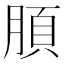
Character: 䐓